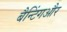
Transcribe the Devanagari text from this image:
बैन्टिंगऔर